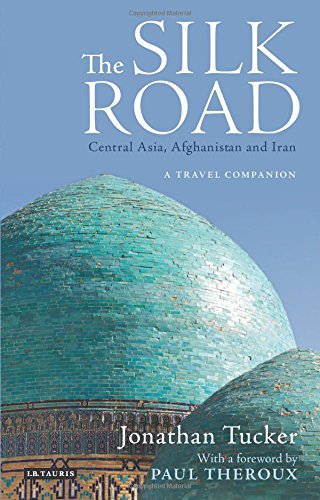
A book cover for Silk Road, The - Central Asia, Afghanistan and Iran: A Travel Companion; Jonathan Tucker; Travel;